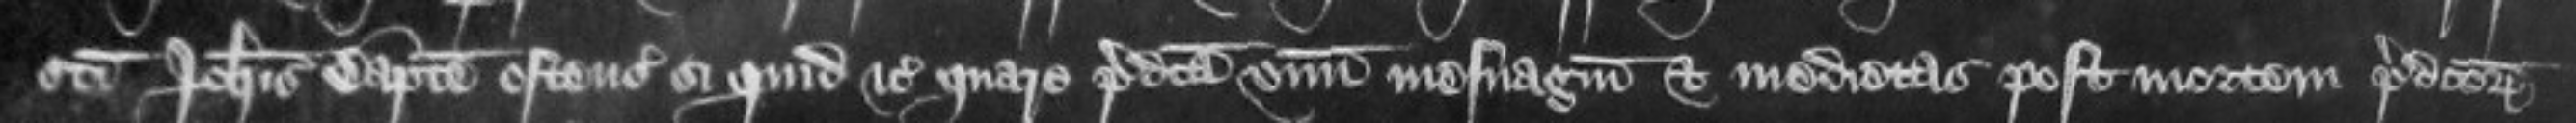
sancti Johannis Baptiste ostensurus si quid etc quare predicta unum mesuagium et medietas post mortem predictorum